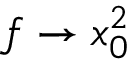
f \to x _ { 0 } ^ { 2 }